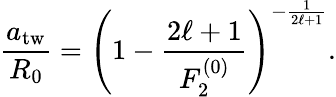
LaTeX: \frac{a_{\mathrm{tw}}}{R_{0}}=\left(1-\frac{2\ell+1}{F_{2}^{(0)}}\right)^{-\frac{1}{2\ell+1}}.